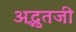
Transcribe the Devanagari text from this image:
अद्भुतजी